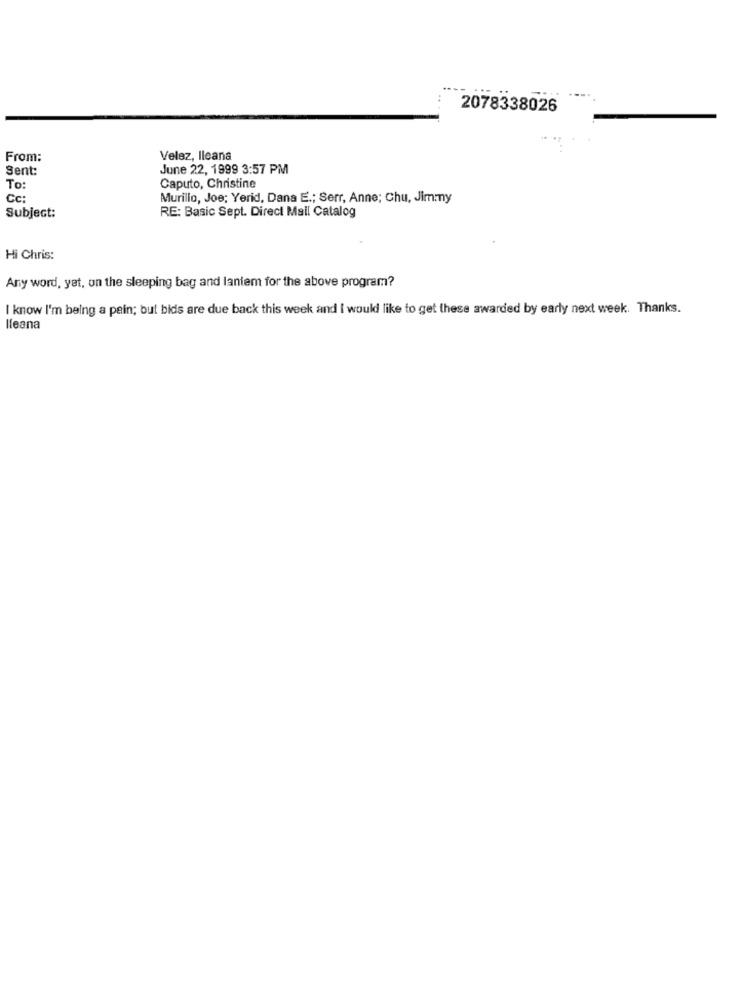
2078338026
From:
Velez, Ileana
Sent:
June 22, 1999 3:57 PM
To
Caputo, Christine
Cc:
Murillo, Joe; Yerid, Dana E .; Serr, Anne; Chu, Jimmy
Subject:
RE: Basic Sept. Direct Mail Catalog
Hi Chris:
Any word, yat, on the sleeping bag and laniem for the above program?
I know I'm being a pain; but bids are due back this week and I would like to get these awarded by early next week. Thanks.
Ileana